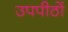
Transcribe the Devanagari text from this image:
उपपीठों